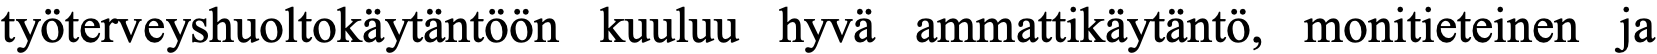
työterveyshuoltokäytäntöön kuuluu hyvä ammattikäytäntö, monitieteinen ja